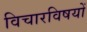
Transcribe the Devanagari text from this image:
विचारविषयों